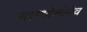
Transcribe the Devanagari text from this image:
बारथोलोमेव